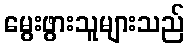
မွေးဖွားသူများသည်